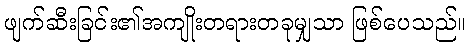
ဖျက်ဆီးခြင်း၏အကျိုးတရားတခုမျှသာ ဖြစ်ပေသည်။